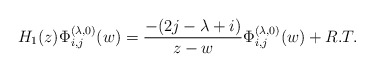
\begin{align*}H_{1}(z) \Phi_{i,j}^{(\lambda , 0)}(w) = \frac{ - ( 2j - \lambda + i )}{z -w}\Phi_{i,j}^{(\lambda , 0)}(w) + R.T.\end{align*}